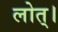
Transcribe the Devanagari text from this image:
लोत्।